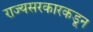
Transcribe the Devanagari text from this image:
राज्यसरकारकडून